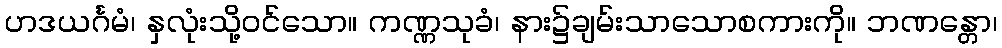
ဟဒယင်္ဂမံ၊ နှလုံးသို့ဝင်သော။ ကဏ္ဏသုခံ၊ နား၌ချမ်းသာသောစကားကို။ ဘဏန္တော၊